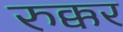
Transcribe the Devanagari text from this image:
रुक्कर